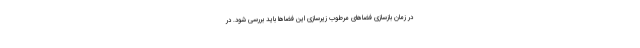
در زمان بازسازی فضاهای مرطوب زیرسازی این فضاها باید بررسی شود. در